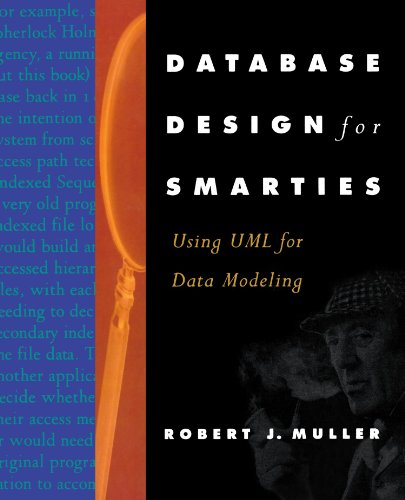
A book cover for Database Design for Smarties: Using UML for Data Modeling (The Morgan Kaufmann Series in Data Management Systems); Robert J. Muller; Computers & Technology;